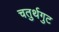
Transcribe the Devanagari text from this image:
चतुर्थगुट